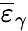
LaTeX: \overline{{\varepsilon}}_{\gamma}